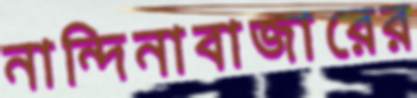
নান্দিনাবাজারের